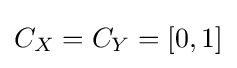
C_{X}=C_{Y}=\left[0,1\right]